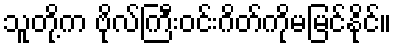
သူတို့က ဗိုလ်ကြီးဝင်းဂိတ်ကိုမမြင်နိုင်။